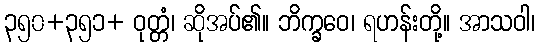
၃၅၀+၃၅၁+ ဝုတ္တံ၊ ဆိုအပ်၏။ ဘိက္ခဝေ၊ ရဟန်းတို့။ အာသဝါ၊